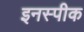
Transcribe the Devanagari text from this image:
इनस्पीक